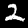
Digit: 2